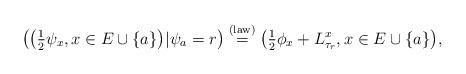
LaTeX: \begin{align*} \bigl(\bigl(\tfrac{1}{2}\psi_x, x \in E\cup\{a \} \bigr)| \psi_a = r\bigr) \stackrel {\mathrm{(law)}} {=}\bigl(\tfrac{1}{2}\phi_x + L^x_{\tau_r},x \in E\cup\{ a \}\bigr),\end{align*}